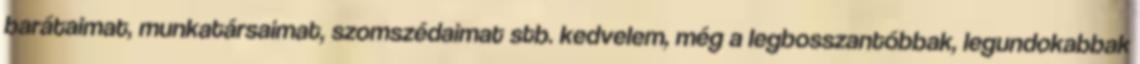
barátaimat, munkatársaimat, szomszédaimat stb. kedvelem, még a legbosszantóbbak, legundokabbak